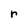
Character: r